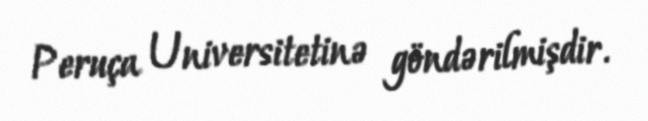
Peruça Universitetinə göndərilmişdir.